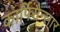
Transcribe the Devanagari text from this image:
कार्पिसैन्लार